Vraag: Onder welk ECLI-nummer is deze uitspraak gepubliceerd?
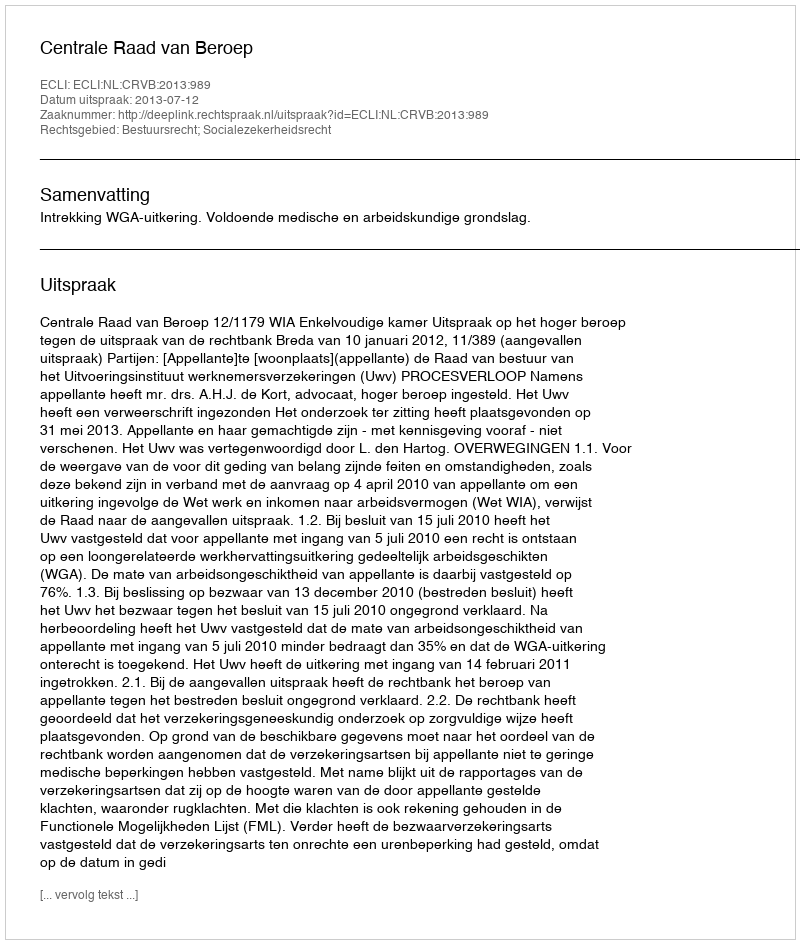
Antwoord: ECLI:NL:CRVB:2013:989